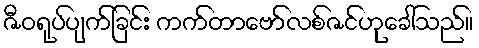
ဇီဝရုပ်ပျက်ခြင်း ကက်တာဗော်လစ်ဇင်ဟုခေါ်သည်။